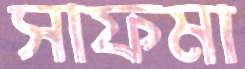
সাফমা